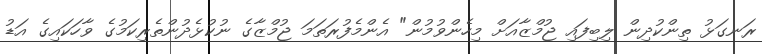
ރަނގަޅު ތިންކުދިން ލިބިފައި ޖުމްޒާއަށް މިހެންވުމުން" އެންމެފުރަތަމަ ޖުމްޒާގެ ނުކުޅެދުންތެރިކަމުގެ ވާހަކައިގެ އަޑު